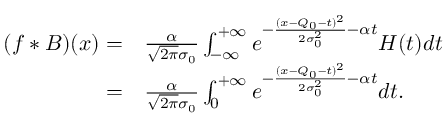
\begin{array} { r l } { ( f * B ) ( x ) = } & { { } \frac { \alpha } { \sqrt { 2 \pi } \sigma _ { 0 } } \int _ { - \infty } ^ { + \infty } e ^ { - \frac { ( x - Q _ { 0 } - t ) ^ { 2 } } { 2 \sigma _ { 0 } ^ { 2 } } - \alpha t } H ( t ) d t } \\ { = } & { { } \frac { \alpha } { \sqrt { 2 \pi } \sigma _ { 0 } } \int _ { 0 } ^ { + \infty } e ^ { - \frac { ( x - Q _ { 0 } - t ) ^ { 2 } } { 2 \sigma _ { 0 } ^ { 2 } } - \alpha t } d t . } \end{array}